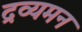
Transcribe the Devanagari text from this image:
द्रव्यमन